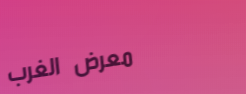
معرض الغرب